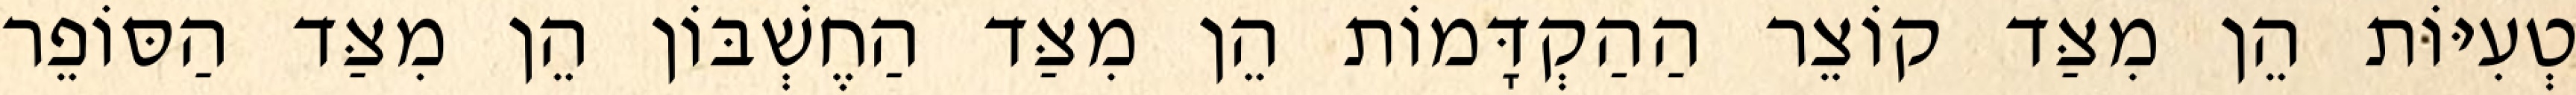
טְעִיּוֹת הֵן מִצַּד קוֹצֵר הַהַקְדָּמוֹת הֵן מִצַּד הַחֶשְׁבּוֹן הֵן מִצַּד הַסּוֹפֵר